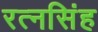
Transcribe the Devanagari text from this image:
रत्‍नसिंह